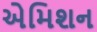
એમિશન